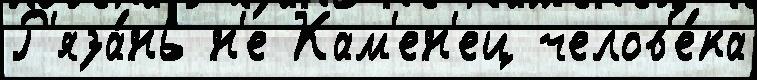
Р'яза́нь н'е Кам'ен'ец челов'е́ка